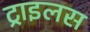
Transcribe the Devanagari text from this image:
ट्राइलस